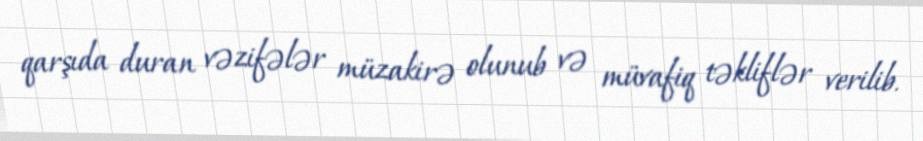
qarşıda duran vəzifələr müzakirə olunub və müvafiq təkliflər verilib.